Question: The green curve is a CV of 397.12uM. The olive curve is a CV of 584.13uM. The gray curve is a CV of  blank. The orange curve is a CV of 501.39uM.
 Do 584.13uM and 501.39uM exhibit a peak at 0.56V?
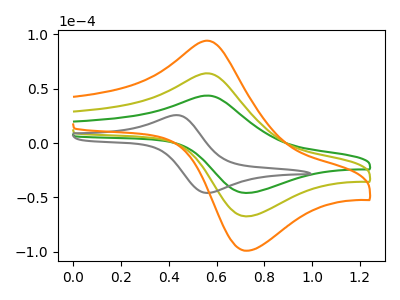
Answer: <think>The green curve "397.12uM" has an anodic peak at (0.55V, 43.75uA) and a cathodic peak at (0.75V, -46.05uA). The olive curve "584.13uM" has an anodic peak at (0.55V, 64.20uA) and a cathodic peak at (0.75V, -67.60uA). The gray curve " blank" has an anodic peak at (0.45V, 25.55uA) and a cathodic peak at (0.55V, -46.05uA). The orange curve "501.39uM" has an anodic peak at (0.55V, 128.45uA) and a cathodic peak at (0.75V, -135.20uA).</think>
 <answer>Yes, "584.13uM" and "501.39uM" share a peak at 0.56V.</answer>
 <eval>match</eval>